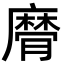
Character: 𢋚